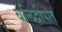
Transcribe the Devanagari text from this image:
बलिद्वीपांत